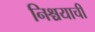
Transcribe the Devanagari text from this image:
निश्चयाची